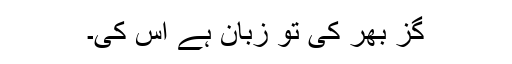
گز بھر کی تو زبان ہے اس کی۔